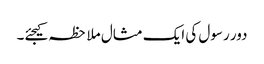
دور رسول کی ایک مثال ملاحظہ کیجئے۔